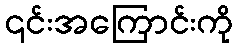
၎င်းအကြောင်းကို